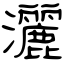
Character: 灑